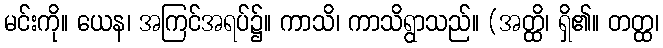
မင်းကို။ ယေန၊ အကြင်အရပ်၌။ ကာသိ၊ ကာသိရွာသည်။ (အတ္ထိ၊ ရှိ၏။ တတ္ထ၊